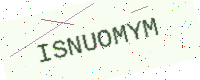
Text: ISNUOMYM